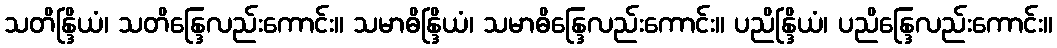
သတိန္ဒြိယံ၊ သတိန္ဒြေလည်းကောင်း။ သမာဓိန္ဒြိယံ၊ သမာဓိန္ဒြေလည်းကောင်း။ ပညိန္ဒြိယံ၊ ပညိန္ဒြေလည်းကောင်း။